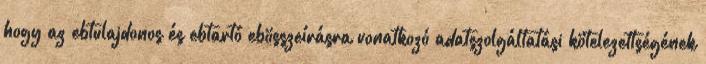
hogy az ebtulajdonos és ebtartó ebösszeírásra vonatkozó adatszolgáltatási kötelezettségének